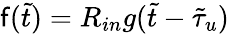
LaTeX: \mathsf{f}(\tilde{{t}})=R_{in}g(\tilde{{t}}-\tilde{{\tau}}_{u})